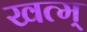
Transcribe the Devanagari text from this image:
खत्म्